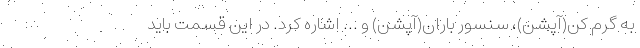
به گرم کن(آپشن)، سنسور باران(آپشن) و ... اشاره کرد. در این قسمت باید